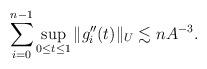
LaTeX: \begin{align*} \sum_{i=0}^{n-1} \sup_{0\le t\le 1} \|g_i''(t)\|_U \lesssim n A^{-3}. \end{align*}